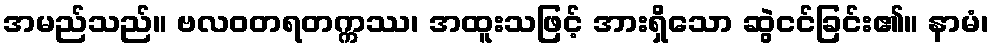
အမည်သည်။ ဗလဝတရတက္ကဿ၊ အထူးသဖြင့် အားရှိသော ဆွဲငင်ခြင်း၏။ နာမံ၊